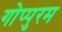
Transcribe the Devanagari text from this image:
गोप्पुरम